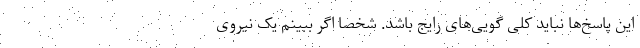
این پاسخ‌ها نباید کلی‌ گویی‌های رایج باشد. شخصاً اگر ببینم یک نیروی